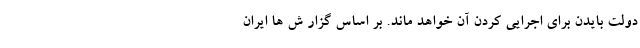
دولت بایدن برای اجرایی کردن آن خواهد ماند. بر اساس گزار ش ها ایران